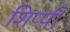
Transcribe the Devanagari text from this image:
शिप्पी